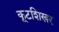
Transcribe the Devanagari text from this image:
कूटशिखर